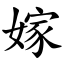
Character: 嫁